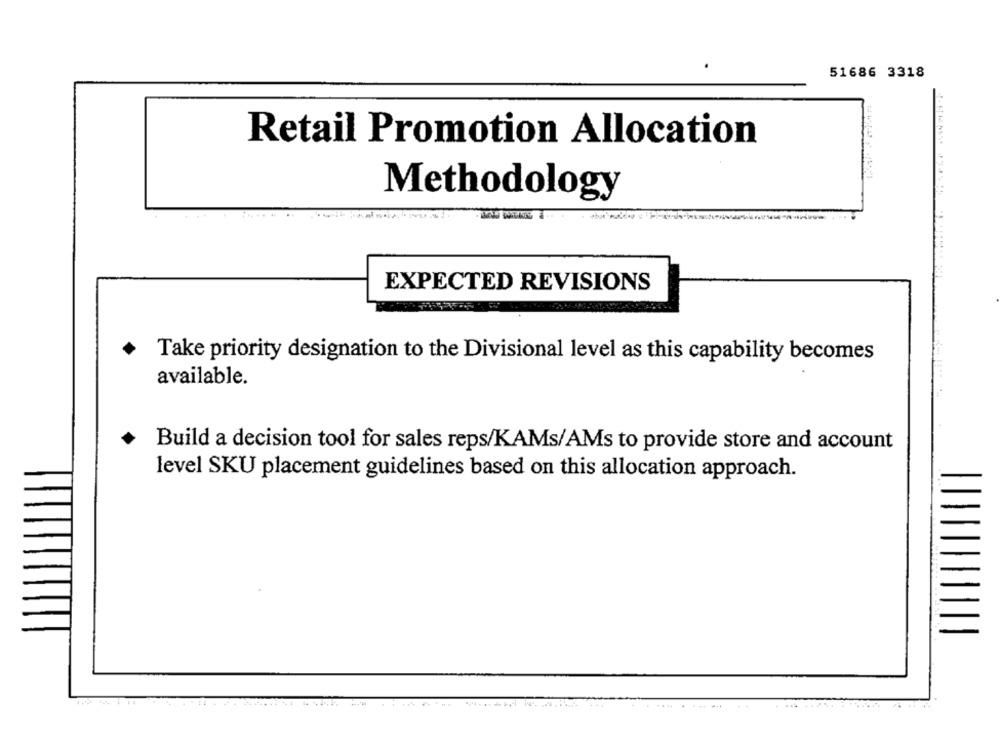
51686 3318
Retail Promotion Allocation
Methodology
EXPECTED REVISIONS
Take priority designation to the Divisional level as this capability becomes
available.
Build a decision tool for sales reps/KAMs/AMs to provide store and account
level SKU placement guidelines based on this allocation approach.